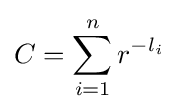
C=\sum _{i=1}^{n}r^{-l_{i}}